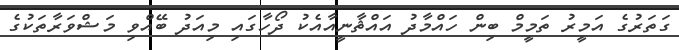
ގަތަރުގެ އަމީރު ތަމީމް ބިން ހައްމާދު އައްޘާނީއާއެކު ދޯހާގައި މިއަދު ބޭއްވި މަޝްވަރާތަކުގެ